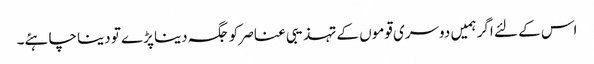
اس کے لئے اگر ہمیں دوسری قوموں کے تہذیبی عناصر کو جگہ دینا پڑے تو دینا چاہئے۔